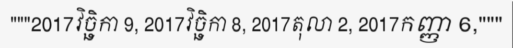
"""2017វិច្ឆិកា 9, 2017វិច្ឆិកា 8, 2017តុលា 2, 2017កញ្ញា 6,"""